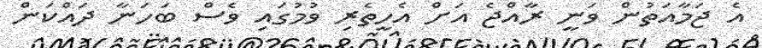
އެ ޖަމާއަތުން ވަނީ ރާއްޖެ އަށް އެހީތެރި ވުމުގައި ވެސް ބަހަނާ ދައްކަން